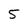
Character: 5